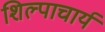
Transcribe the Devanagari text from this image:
शिल्पाचार्य